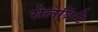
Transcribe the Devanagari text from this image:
सेलेब्रिटि